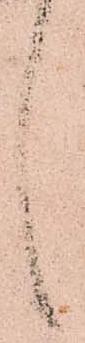
言